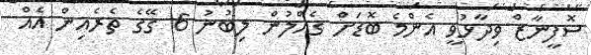
ސޮފީނާޒް ވިދާޅުވީ އެންމެ ބޮޑަށް ގެއްލުން ލިބުނު 6 ގޭގެ ތެރެއިން އެއް